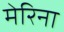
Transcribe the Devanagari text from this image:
मेरिना